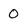
Character: 0